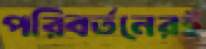
পরিবর্তনেরই